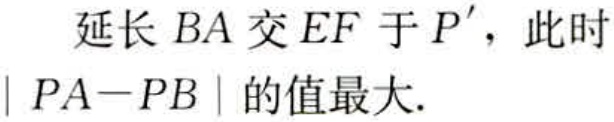
延长 \(BA\) 交 \(EF\) 于 \(P'\)，此时 \(|PA - PB|\) 的值最大.